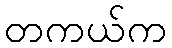
တကယ်က